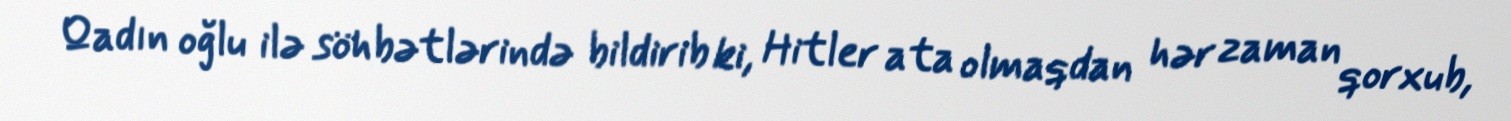
Qadın oğlu ilə söhbətlərində bildirib ki, Hitler ata olmaqdan hər zaman qorxub,